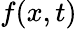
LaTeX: f(x,t)